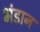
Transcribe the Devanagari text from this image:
भंडान